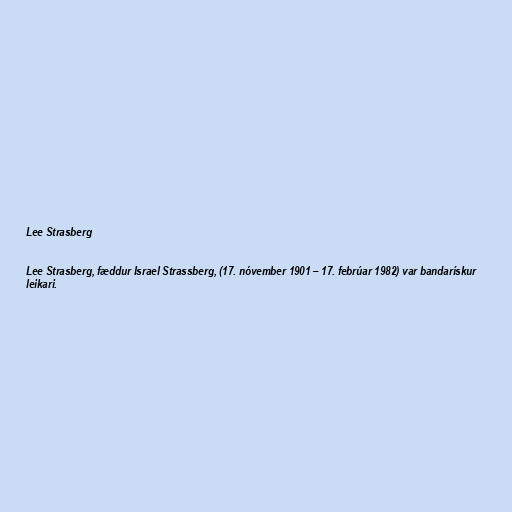
Lee Strasberg

Lee Strasberg, fæddur Israel Strassberg, (17. nóvember 1901 – 17. febrúar 1982) var bandarískur
leikari.